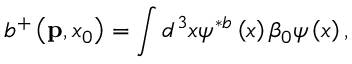
b ^ { + } \left( { \bf p } , x _ { 0 } \right) = \int d ^ { 3 } x \psi ^ { \ast b } \left( x \right) \beta _ { 0 } \psi \left( x \right) ,